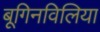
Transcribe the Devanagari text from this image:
बूगिनविलिया